Report on vaccination in the Province of Bengal - 1869-1873
Year: 1869
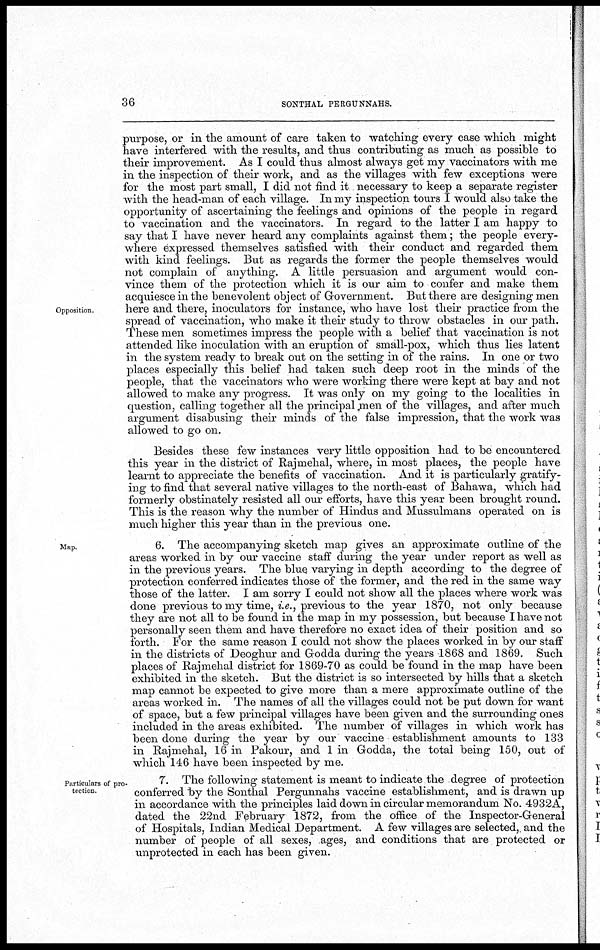
36
SONTHAL PERGUNNAHS.
Opposition
purpose, or in the amount of care taken to watching every case which might
have interfered with the results, and thus contributing as much as possible to
their improvement. As I could thus almost always get my vaccinators with me
in the inspection of their work, and as the villages with few exceptions were
for the most part small, I did not find it necessary to keep a separate register
with the head-man of each village. In my inspection tours I would also take the
opportunity of ascertaining the feelings and opinions of the people in regard
to vaccination and the vaccinators. In regard to the latter I am happy to
say that I have never heard any complaints against them; the people every-
where expressed themselves satisfied with their conduct and regarded them
with kind feelings. But as regards the former the people themselves would
not complain of anything. A little persuasion and argument would con-
vince them of the protection which it is our aim to confer and make them
acquiesce in the benevolent object of Government. But there are designing men
here and there, inoculators for instance, who have lost their practice from the
spread of vaccination, who make it their study to throw obstacles in our path.
These men sometimes impress the people with a belief that vaccination is not
attended like inoculation with an eruption of small-pox, which thus lies latent
in the system ready to break out on the setting in of the rains. In one or two
places especially this belief had taken such deep root in the minds of the
people, that the vaccinators who were working there were kept at bay and not
allowed to make any progress. It was only on my going to the localities in
question, calling together all the principal men of the villages, and after much
argument disabusing their minds of the false impression, that the work was
allowed to go on.
Besides these few instances very little opposition had to be encountered
this year in the district of Rajmehal, where, in most places, the people have
learnt to appreciate the benefits of vaccination. And it is particularly gratify-
ing to find that several native villages to the north-east of Bahawa, which had
formerly obstinately resisted all our efforts, have this year been brought round.
This is the reason why the number of Hindus and Mussulmans operated on is
much higher this year than in the previous one.
Map.
6. The accompanying sketch map gives an approximate outline of the
areas worked in by our vaccine staff during the year under report as well as
in the previous years. The blue varying in depth according to the degree of
protection conferred indicates those of the former, and the red in the same way
those of the latter. I am sorry I could not show all the places where work was
done previous to my time, i.e., previous to the year 1870, not only because
they are not all to be found in the map in my possession, but because I have not
personally seen them and have therefore no exact idea of their position and so
forth. For the same reason I could not show the places worked in by our staff
in the districts of Deoghur and Godda during the years 1868 and 1869. Such
places of Rajmehal district for 1869-70 as could be found in the map have been
exhibited in the sketch. But the district is so intersected by hills that a sketch
map cannot be expected to give more than a mere approximate outline of the
areas worked in. The names of all the villages could not be put down for want
of space, but a few principal villages have been given and the surrounding ones
included in the areas exhibited. The number of villages in which work has
been done during the year by our vaccine establishment amounts to 133
in Rajmehal, 16 in Pakour, and 1 in Godda, the total being 150, out of
which 146 have been inspected by me.
Particulars of pro-
tection.
7. The following statement is meant to indicate the degree of protection
conferred by the Sonthal Pergunnahs vaccine establishment, and is drawn up
in accordance with the principles laid down in circular memorandum No. 4932A,
dated the 22nd February 1872, from the office of the Inspector-General
of Hospitals, Indian Medical Department. A few villages are selected, and the
number of people of all sexes, ages, and conditions that are protected or
unprotected in each has been given.